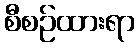
စီစဉ်ထားရာ